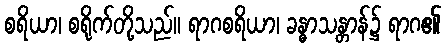
စရိယာ၊ စရိုက်တို့သည်။ ရာဂစရိယာ၊ ခန္ဓာသန္တာန်၌ ရာဂ၏